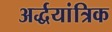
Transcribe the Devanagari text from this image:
अर्द्धयांत्रिक